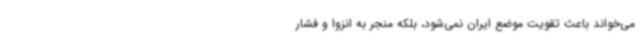
می‌خواند باعث تقویت موضع ایران نمی‌شود، بلکه منجر به انزوا و فشار